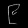
Digit: ၉